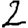
Digit: 2